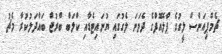
ޗެމްޕިއަންސް ލީގުގެ ޕްލޭއޮފްގެ ދެވަނަ ލެގުގައި ޔުނައިޓެޑާއި ކްލަބް ބްރުޖް ބައްދަލުކުރާ މެޗު